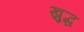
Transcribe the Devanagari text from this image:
खुद्ध